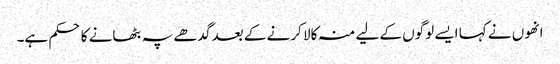
انھوں نے کہا ایسے لوگوں کے لیے منہ کالا کرنے کے بعد گدھے پہ بٹھانے کا حکم ہے۔